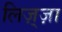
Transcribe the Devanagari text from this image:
लिज़्ज़ा